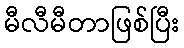
မီလီမီတာဖြစ်ပြီး